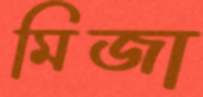
মিজা